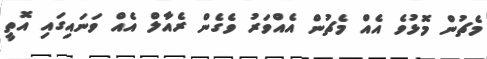
މެޗުން މޮޅުވެ އެއް މެޗުން އެއްވަރު ވެގެން ރެއާލް އެއް ވަނައިގައި އޮތީ